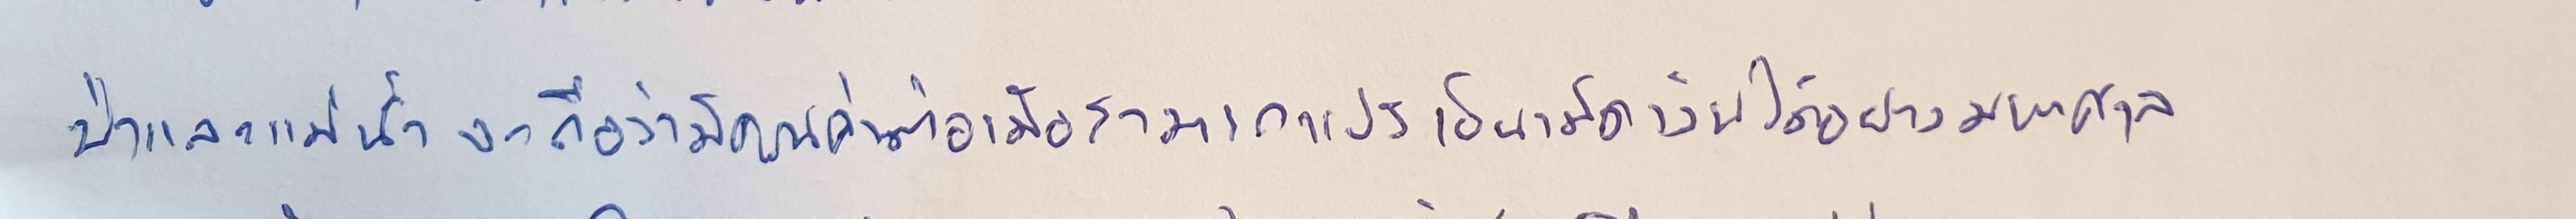
ป่าและแม่น้ำจะถือว่ามีคุณค่าต่อเมื่อสามารถแปรเป็นเม็ดเงินได้อย่างมหาศาล